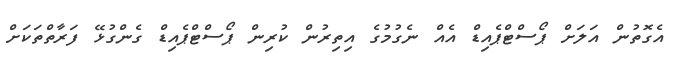
އެގޮތުން އަލަށް ޕޯސްޓްޕެއިޑް އެއް ނެގުމުގެ އިތިރުން ކުރިން ޕޯސްޓްޕެއިޑް ގެންގުޅޭ ފަރާތްތަކަށް